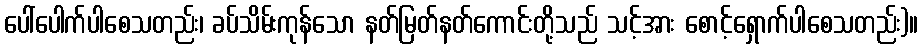
ပေါ်ပေါက်ပါစေသတည်း၊ ခပ်သိမ်းကုန်သော နတ်မြတ်နတ်ကောင်းတို့သည် သင့်အား စောင့်ရှောက်ပါစေသတည်း)။